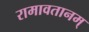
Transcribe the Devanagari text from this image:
रामावतानम्‌